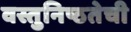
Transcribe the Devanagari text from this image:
वस्तुनिष्ठतेची